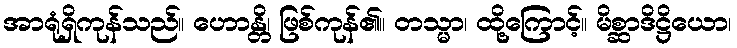
အာရုံရှိကုန်သည်။ ဟောန္တိ၊ ဖြစ်ကုန်၏။ တသ္မာ၊ ထို့ကြောင့်။ မိစ္ဆာဒိဋ္ဌိယော၊